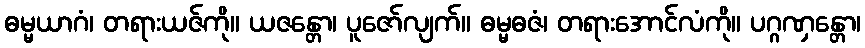
ဓမ္မယာဂံ၊ တရားယဇ်ကို။ ယဇန္တော၊ ပူဇော်လျက်။ ဓမ္မဓဇံ၊ တရားအောင်လံကို။ ပဂ္ဂဏှန္တော၊